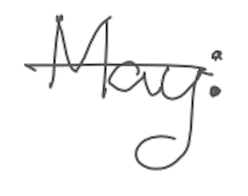
Text: May:
Cross-out: single-line
Writing tool: digital_gray